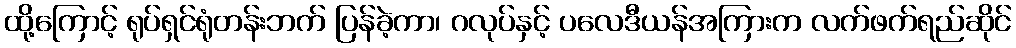
ထို့ကြောင့် ရုပ်ရှင်ရုံတန်းဘက် ပြန်ခဲ့ကာ၊ ဂလုပ်နှင့် ပလေဒီယန်အကြားက လက်ဖက်ရည်ဆိုင်